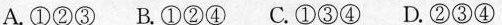
A.①②③ B.①②④ C.①③④ D.②③④